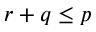
r + q \le p